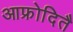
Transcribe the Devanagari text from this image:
आफ्रोदितै